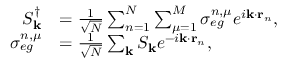
\begin{array} { r l } { S _ { \mathbf { k } } ^ { \dagger } } & { = \frac { 1 } { \sqrt { N } } \sum _ { n = 1 } ^ { N } \sum _ { \mu = 1 } ^ { M } \sigma _ { e g } ^ { n , \mu } e ^ { i \mathbf { k } \cdot \mathbf { r } _ { n } } , } \\ { \sigma _ { e g } ^ { n , \mu } } & { = \frac { 1 } { \sqrt { N } } \sum _ { \mathbf { k } } S _ { \mathbf { k } } e ^ { - i \mathbf { k } \cdot \mathbf { r } _ { n } } , } \end{array}